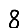
Digit: 8